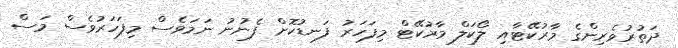
ދަތުރުވެރިންގެ މާރުކޭޓާއި ލޯކަލް މާރުކޭޓް މިފަހަރު ފަނޑުކޮށް ފެނުނު ނަމަވެސް މިފަހަރުވެސް މަސް